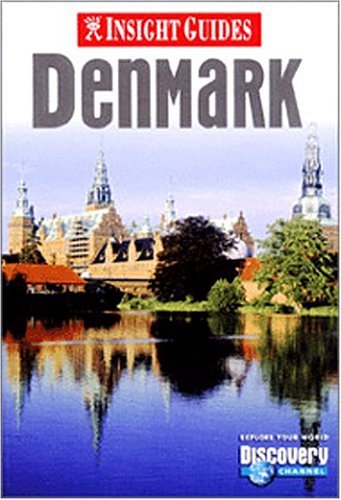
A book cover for Denmark (Insight Guide Denmark); Jane Hutchings; Travel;